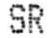
SR